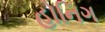
હોનિગ